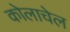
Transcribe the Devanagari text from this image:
कोलाचेल